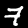
Digit: 7